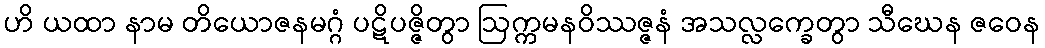
ဟိ ယထာ နာမ တိယောဇနမဂ္ဂံ ပဋိပဇ္ဇိတွာ ဩက္ကမနဝိဿဇ္ဇနံ အသလ္လက္ခေတွာ သီဃေန ဇဝေန